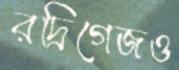
রদ্রিগেজও